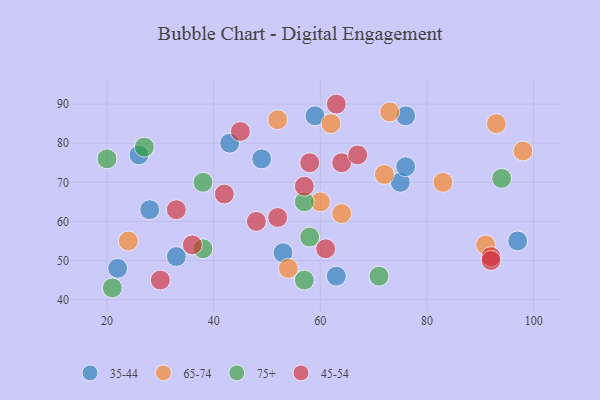
{"axis": {"x": "GDP", "y": "Life Expectancy"}, "legend": ["35-44", "45-54", "65-74", "75+"], "data": [{"x": "59", "y": 87, "type": "35-44"}, {"x": "28", "y": 63, "type": "35-44"}, {"x": "97", "y": 55, "type": "35-44"}, {"x": "76", "y": 87, "type": "35-44"}, {"x": "75", "y": 70, "type": "35-44"}, {"x": "26", "y": 77, "type": "35-44"}, {"x": "49", "y": 76, "type": "35-44"}, {"x": "33", "y": 51, "type": "35-44"}, {"x": "76", "y": 74, "type": "35-44"}, {"x": "22", "y": 48, "type": "35-44"}, {"x": "43", "y": 80, "type": "35-44"}, {"x": "63", "y": 46, "type": "35-44"}, {"x": "53", "y": 52, "type": "35-44"}, {"x": "54", "y": 48, "type": "65-74"}, {"x": "83", "y": 70, "type": "65-74"}, {"x": "73", "y": 88, "type": "65-74"}, {"x": "64", "y": 62, "type": "65-74"}, {"x": "72", "y": 72, "type": "65-74"}, {"x": "93", "y": 85, "type": "65-74"}, {"x": "91", "y": 54, "type": "65-74"}, {"x": "98", "y": 78, "type": "65-74"}, {"x": "52", "y": 86, "type": "65-74"}, {"x": "60", "y": 65, "type": "65-74"}, {"x": "24", "y": 55, "type": "65-74"}, {"x": "62", "y": 85, "type": "65-74"}, {"x": "71", "y": 46, "type": "75+"}, {"x": "21", "y": 43, "type": "75+"}, {"x": "58", "y": 56, "type": "75+"}, {"x": "20", "y": 76, "type": "75+"}, {"x": "38", "y": 70, "type": "75+"}, {"x": "94", "y": 71, "type": "75+"}, {"x": "57", "y": 45, "type": "75+"}, {"x": "38", "y": 53, "type": "75+"}, {"x": "57", "y": 65, "type": "75+"}, {"x": "27", "y": 79, "type": "75+"}, {"x": "92", "y": 51, "type": "45-54"}, {"x": "63", "y": 90, "type": "45-54"}, {"x": "64", "y": 75, "type": "45-54"}, {"x": "61", "y": 53, "type": "45-54"}, {"x": "57", "y": 69, "type": "45-54"}, {"x": "33", "y": 63, "type": "45-54"}, {"x": "58", "y": 75, "type": "45-54"}, {"x": "36", "y": 54, "type": "45-54"}, {"x": "52", "y": 61, "type": "45-54"}, {"x": "92", "y": 50, "type": "45-54"}, {"x": "30", "y": 45, "type": "45-54"}, {"x": "42", "y": 67, "type": "45-54"}, {"x": "45", "y": 83, "type": "45-54"}, {"x": "67", "y": 77, "type": "45-54"}, {"x": "48", "y": 60, "type": "45-54"}]}